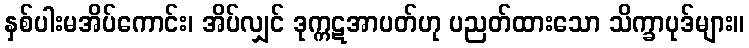
နှစ်ပါးမအိပ်ကောင်း၊ အိပ်လျှင် ဒုက္ကဋအာပတ်ဟု ပညတ်ထားသော သိက္ခာပုဒ်များ။